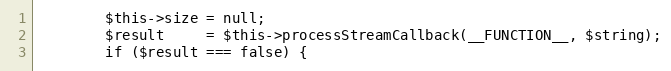
Language: PHP
        $this->size = null;
        $result     = $this->processStreamCallback(__FUNCTION__, $string);
        if ($result === false) {